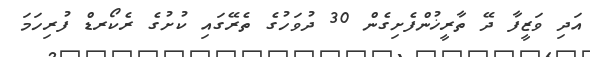
އަދި ވަޒީފާ ދޭ ތާރީޚުންފެށިގެން 30 ދުވަހުގެ ތެރޭގައި ކުށުގެ ރެކޯރޑް ފުރިހަމަ